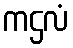
ကဌလံ